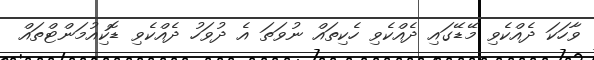
ވާހަކަ ދެއްކެވި މޭޑޭގައި ދެއްކެވި ހެކިތައް ނުވަތަ އެ ދުވަހު ދެއްކެވި ޑޮކިއުމަންޓްތައް